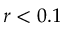
r < 0 . 1